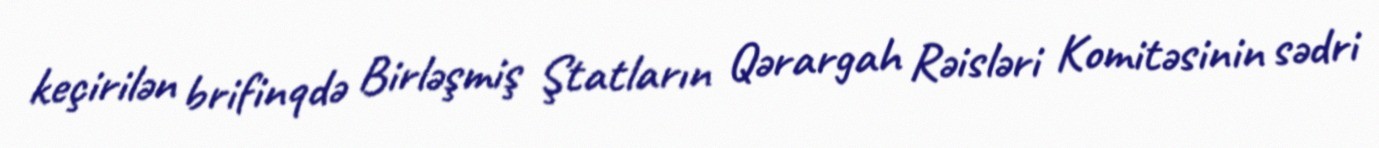
keçirilən brifinqdə Birləşmiş Ştatların Qərargah Rəisləri Komitəsinin sədri